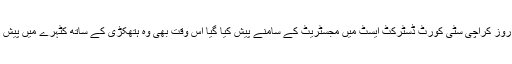
جب اگلے روز کراچی سٹی کورٹ ڈسٹرکٹ ایسٹ میں مجسٹریٹ کے سامنے پیش کیا گیا اس وقت بھی وہ ہتھکڑی کے ساتھ کٹہرے میں پیش کیے گئے۔